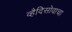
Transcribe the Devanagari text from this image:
व्हैदिसोवाचा